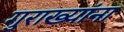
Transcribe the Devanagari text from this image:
गुराख्यांना